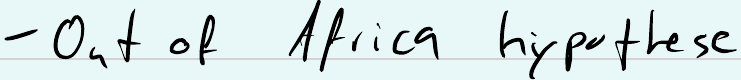
- Out of Africa hypothese